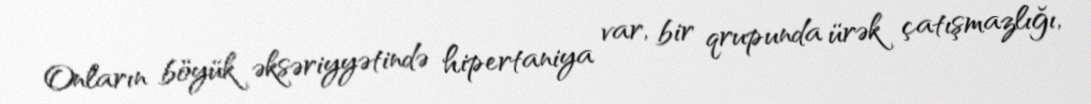
Onların böyük əksəriyyətində hipertaniya var, bir qrupunda ürək çatışmazlığı,